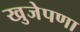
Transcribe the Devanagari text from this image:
खुजेपणा